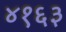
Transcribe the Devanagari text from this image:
४१६३